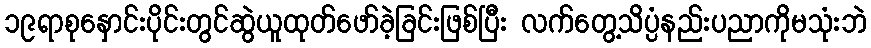
၁၉ရာစုနှောင်းပိုင်းတွင်ဆွဲယူထုတ်ဖော်ခဲ့ခြင်းဖြစ်ပြီး လက်တွေ့သိပ္ပံနည်းပညာကိုမသုံးဘဲ